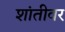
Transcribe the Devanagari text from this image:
शांतीवर